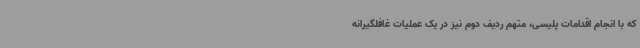
که با انجام اقدامات پلیسی، متهم ردیف دوم نیز در یک عملیات غافلگیرانه